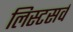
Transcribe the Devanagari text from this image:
लिस्टसर्व